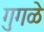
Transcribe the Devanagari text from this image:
गुगळे